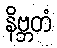
နိဗ္ဘတံ